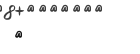
٣